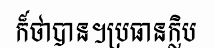
ក៏ថាបាន។ប្រធានក្លិប